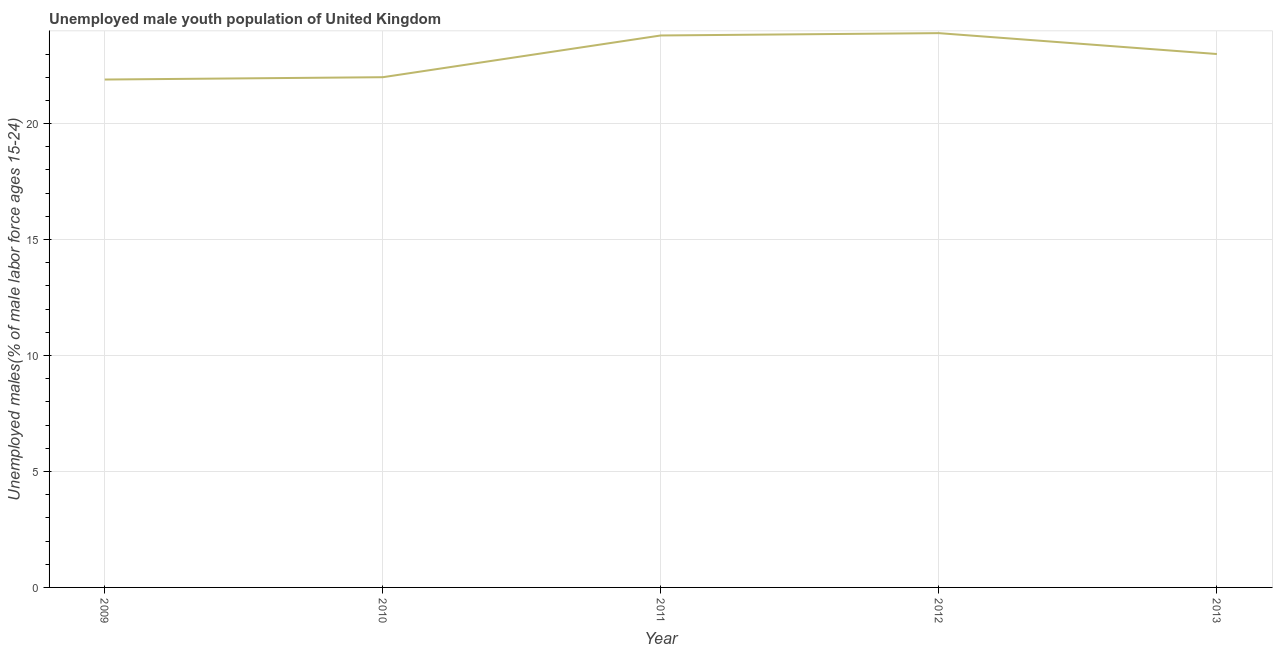
| Year | Unemployment youth male |
 | --- | --- |
 | 2009 | 21.9 |
 | 2010 | 22 |
 | 2011 | 23.8 |
 | 2012 | 23.9 |
 | 2013 | 23 |